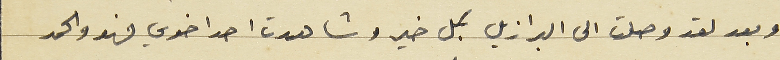
وبعد لقد وصلت الى البرازيل بكل خير وشاهدت احد اخوي فهو والحمد